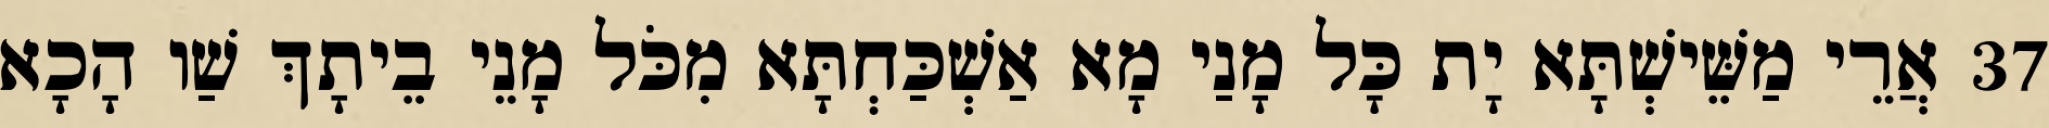
37 אֲרֵי מַשֵּׁישְׁתָּא יָת כָּל מָנַי מָא אַשְׁכַּחְתָּא מִכֹּל מָנֵי בֵיתָךְ שַׁו הָכָא